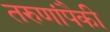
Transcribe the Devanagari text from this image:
तरुणांपैकी